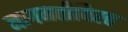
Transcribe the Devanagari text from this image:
नागमतीविरह